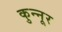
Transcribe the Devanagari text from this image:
कुन्नूर